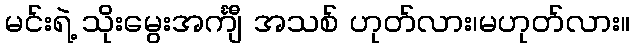
မင်းရဲ့ သိုးမွေးအင်္ကျီ အသစ် ဟုတ်လား၊မဟုတ်လား။